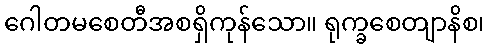
ဂေါတမစေတီအစရှိကုန်သော။ ရုက္ခစေတျာနိစ၊